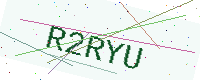
Text: R2RYU